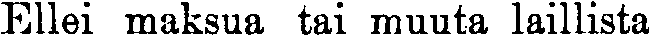
Ellei maksua tai muuta laillista